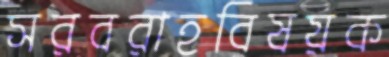
সরবরাহবিষয়ক